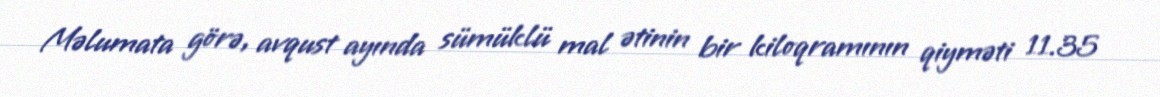
Məlumata görə, avqust ayında sümüklü mal ətinin bir kiloqramının qiyməti 11.35